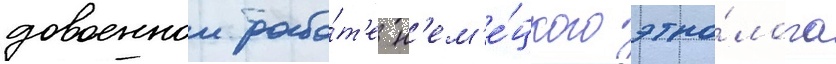
довоеннои рабо́т'е н'ем'е́цкого этно́лога